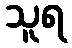
သူရ